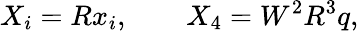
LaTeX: X_{i}=Rx_{i},\qquad X_{4}=W^{2}R^{3}q,